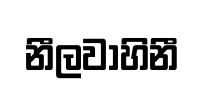
නීලවාහිනී